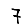
Digit: 7